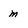
Character: m